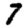
Digit: 7